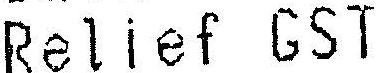
RELIEF GST